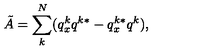
\tilde { A } = \sum _ { k } ^ { N } ( q _ { x } ^ { k } q ^ { k * } - q _ { x } ^ { k * } q ^ { k } ) ,